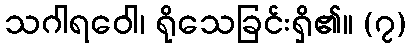
သဂါရဝေါ၊ ရိုသေခြင်းရှိ၏။ (၇)